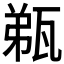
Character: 𤭌